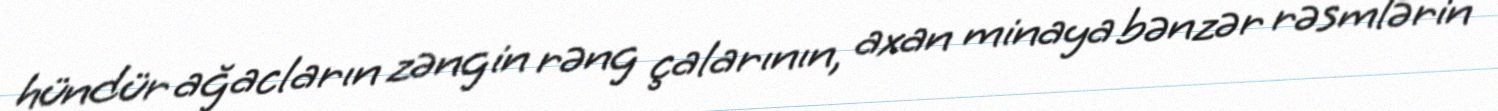
hündür ağacların zəngin rəng çalarının, axan minaya bənzər rəsmlərin